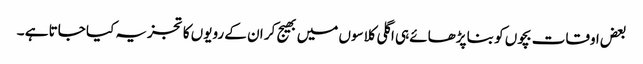
بعض اوقات بچوں کو بنا پڑھائے ہی اگلی کلاسوں میں بھیج کر ان کے رویوں کا تجزیہ کیا جاتا ہے ۔